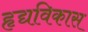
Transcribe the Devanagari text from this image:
हृद्यविकास